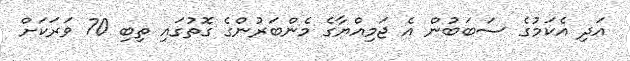
އަދި އެކަމުގެ ސަބަބުން އެ ޖަމިއްޔާގެ މެންބަރުންގެ ގޮތުގައި ތިބި 70 ވަރަކަށް